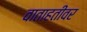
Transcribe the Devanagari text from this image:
वाताहतीवर